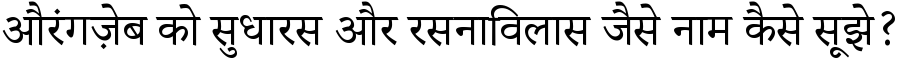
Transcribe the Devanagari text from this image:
औरंगज़ेब को सुधारस और रसनाविलास जैसे नाम कैसे सूझे?